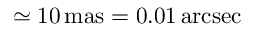
\simeq 1 0 \, \mathrm { m a s } = 0 . 0 1 \, \mathrm { a r c s e c }